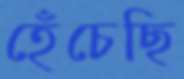
হেঁচেছি